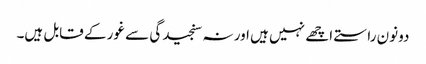
دونون راستے اچھے نہیں ہیں اور نہ سنجیدگی سے غور کے قابل ہیں۔